Vaccination in Bombay 1902-1912 - 1902-1912
Year: 1902
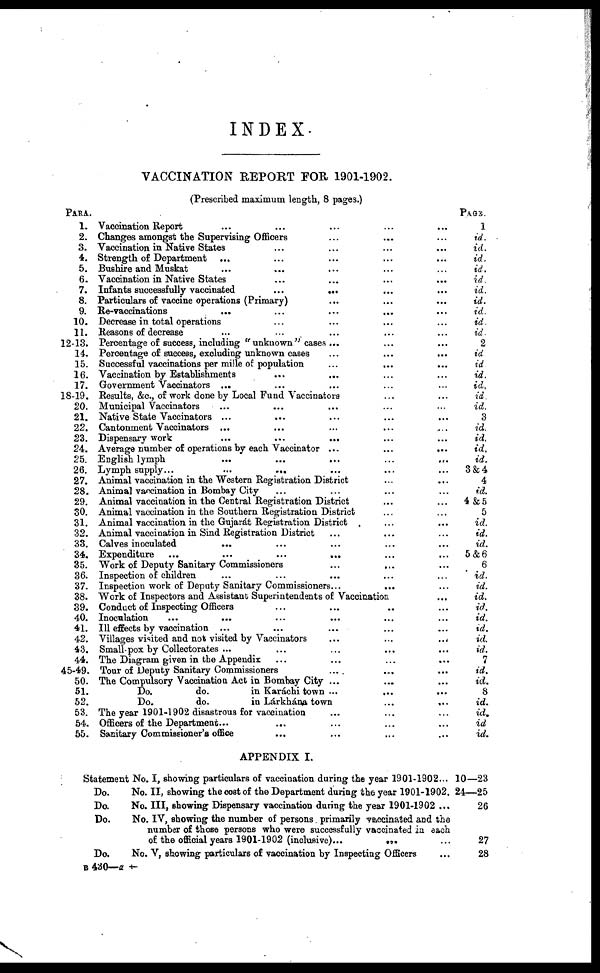
INDEX.
VACCINATION REPORT FOR 1901-1902.
(Prescribed maximum length, 8 pages.)
PARA.
1.
2.
3.
4.
5.
6.
7.
8.
9.
10.
11.
12-13.
14.
15.
16.
17.
18-19.
20.
21.
22.
23.
24.
25.
26.
27.
28.
29.
30.
31.
32.
33.
34.
35.
36.
37.
38.
39.
40.
41.
42.
43.
44.
45-49.
50.
51.
52.
53.
54.
55.
Vaccination Report ... ... ... ... ...
Changes amongst the Supervising Officers ... ... ...
Vaccination in Native States ... ... ... ...
Strength of Department ... ... ... ... ...
Bushire and Muskat ... ... ... ... ...
Vaccination in Native States
...
...
...
...
Infants successfully vaccinated
... ... ... ...
Particulars of vaccine operations (Primary) ... ... ...
Re-vaccinations
... ... ... ... ...
Decrease in total operations ... ... ... ...
Reasons of decrease ... ... ... ... ...
Percentage of success, including " unknown " cases ... ... ...
Percentage of success, excluding unknown cases ... ... ...
Successful vaccinations per mille of population
...
... ...
Vaccination by Establishments ... ... ... ...
Government Vaccinators ... ... ... ... ...
Results, &c., of work done by Local Fund Vaccinators ... ...
Municipal Vaccinators
... ... ... ... ...
Native State Vaccinators ... ... ... ... ...
Cantonment Vaccinators ... ... ... ... ...
Dispensary work ... ... ... ... ...
Average number of operations by each Vaccinator ...
...
...
English lymph ... ... ... ... ...
Lymph supply...
...
... ... ... ...
Animal vaccination in the Western Registration District ... ...
Animal vaccination in Bombay City ... ... ...
Animal vaccination in the Central Registration District ... ...
Animal vaccination in the Southern Registration District ... ...
Animal vaccination in the Gujarát Registration District ... ...
Animal vaccination in Sind Registration District ... ... ...
Calves inoculated ... ... ... ... ...
Expenditure
...
...
...
... ... ...
Work of Deputy Sanitary Commissioners ... ... ...
Inspection of children ... ... ... ... ...
Inspection work of Deputy Sanitary Commissioners...
... ...
Work of Inspectors and Assistant Superintendents of Vaccination. ...
Conduct of Inspecting Officers ... ... ... ...
Inoculation
...
... ... ... ... ...
Ill effects by vaccination ... ... ... ... ...
Villages visited and not visited by Vaccinators
...
...
...
Small- pox by Collectorates ... ... ... ... ...
The Diagram given in the Appendix ... ... ... ...
Tour of Deputy Sanitary Commissioners
... ... ...
The Compulsory Vaccination Act in Bombay City ... ... ...
Do.
do.
in Karáchi town ...
...
...
Do.
do.
in Lárkhána town ... ...
The year 1901-1902 disastrous for vaccination ... ... ...
Officers of the Department... ... ... ... ...
Sanitary Commissioner's office ... ... ... ...
PAGE.
1
id.
id.
id.
id.
id.
id.
id.
id.
id.
id.
2
id
id
id.
id.
id.
id.
3
id.
id.
id.
id.
3&4
4
id.
4&5
5
id.
id.
id.
5&6
6
id.
id.
id.
id.
id.
id.
id.
id.
7
id.
id.
8
id.
id.
id
id.
APPENDIX I.
Statement No. I, showing particulars of vaccination during the year 1901-1902...
Do.
No. II, showing the cost of the Department during the year 1901-1902.
Do.
No. III, showing Dispensary vaccination during the year 1901-1902 ...
Do.
No. IV, showing the number of persons primarily vaccinated and the
number of those persons who were successfully vaccinated in each
of the official years 1901-1902 (inclusive)...
...
Do.
No. V, showing particulars of vaccination by Inspecting Officers
10—23
24—25
26
27
28
B 430—a
†